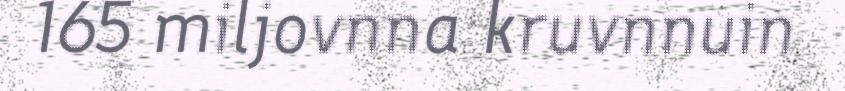
165 miljovnna kruvnnuin